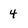
Character: 4